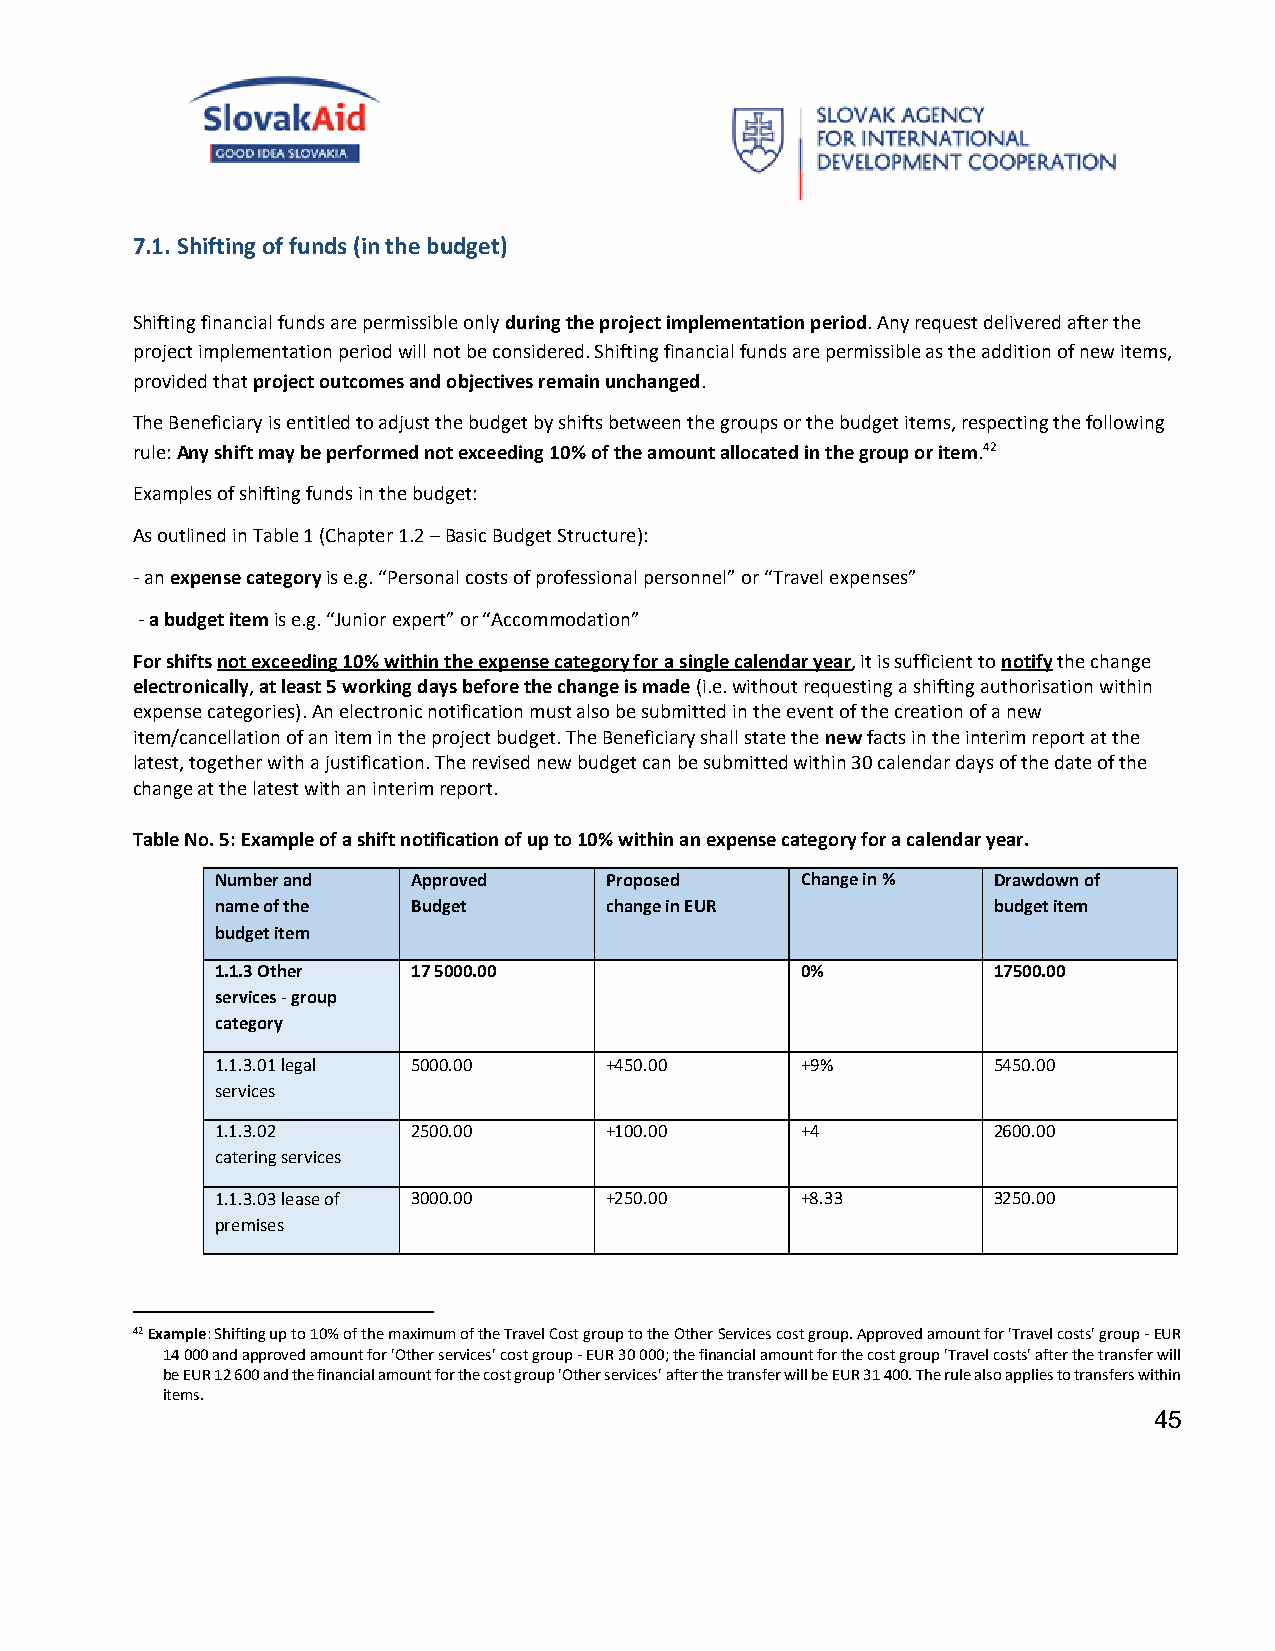
7.1. Shifting of funds (in the budget)
 Shifting financial funds are permissible only during the project implementation period. Any request delivered after the
 project implementation period will not be considered. Shifting financial funds are permissible as the addition of new items,
 provided that project outcomes and objectives remain unchanged.
 The Beneficiary is entitled to adjust the budget by shifts between the groups or the budget items, respecting the following
 rule: Any shift may be performed not exceeding 10% of the amount allocated in the group or item.42
 Examples of shifting funds in the budget:
 As outlined in Table 1 (Chapter 1.2 – Basic Budget Structure):
 - an expense category is e.g. “Personal costs of professional personnel” or “Travel expenses”
 - a budget item is e.g. “Junior expert” or “Accommodation”
 For shifts not exceeding 10% within the expense category for a single calendar year, it is sufficient to notify the change
 electronically, at least 5 working days before the change is made (i.e. without requesting a shifting authorisation within
 expense categories). An electronic notification must also be submitted in the event of the creation of a new
 item/cancellation of an item in the project budget. The Beneficiary shall state the new facts in the interim report at the
 latest, together with a justification. The revised new budget can be submitted within 30 calendar days of the date of the
 change at the latest with an interim report.
 Table No. 5: Example of a shift notification of up to 10% within an expense category for a calendar year.
 Number and   Approved     Proposed     Change in %  Drawdown of
 name of the  Budget       change in EUR             budget item
 budget item
 1.1.3 Other  17 5000.00                0%           17500.00
 services - group
 category
 1.1.3.01 legal 5000.00    +450.00      +9%          5450.00
 services
 1.1.3.02     2500.00      +100.00      +4           2600.00
 catering services
 1.1.3.03 lease of 3000.00 +250.00      +8.33        3250.00
 premises
 42 Example: Shifting up to 10% of the maximum of the Travel Cost group to the Other Services cost group. Approved amount for 'Travel costs' group - EUR
 14 000 and approved amount for 'Other services' cost group - EUR 30 000; the financial amount for the cost group 'Travel costs' after the transfer will
 be EUR 12 600 and the financial amount for the cost group 'Other services' after the transfer will be EUR 31 400. The rule also applies to transfers within
 items.
 45